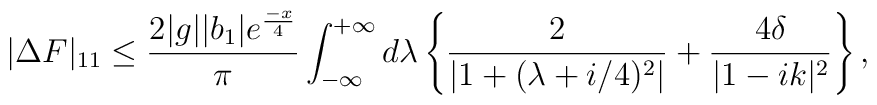
|\Delta F|_{11}\leq\frac{2|g||b_1|e^{\frac{-x}{4}}}{\pi}\int_{-\infty}^{+\infty}d\lambda\left\{\frac{2}{|1+(\lambda+i/4)^2|}+\frac{4\delta}{|1-ik|^2}  \right\},